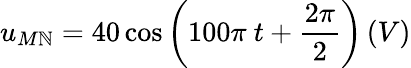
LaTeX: u_{M\mathbb{N}}=40\cos{\left(100\pi\ t+\frac{{2\pi}}{{2}}\right)}\left(V\right)